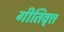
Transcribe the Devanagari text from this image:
गीतिवृत्त